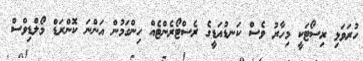
ހުރަވަޅި ރިސޯޓަކީ މިހާރު ވެސް ކަނޑުއަޑީގެ ރެސްޓޯރެންޓެއް ހިންގަމުން އަންނަ ކޮންރަޑް މޯލްޑިވްސް